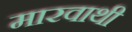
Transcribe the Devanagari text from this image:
मारवाथी